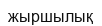
жыршылық